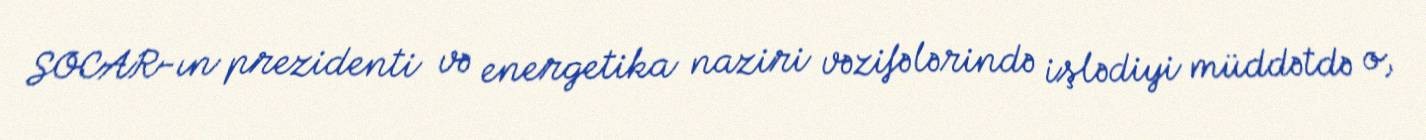
SOCAR-ın prezidenti və energetika naziri vəzifələrində işlədiyi müddətdə o,